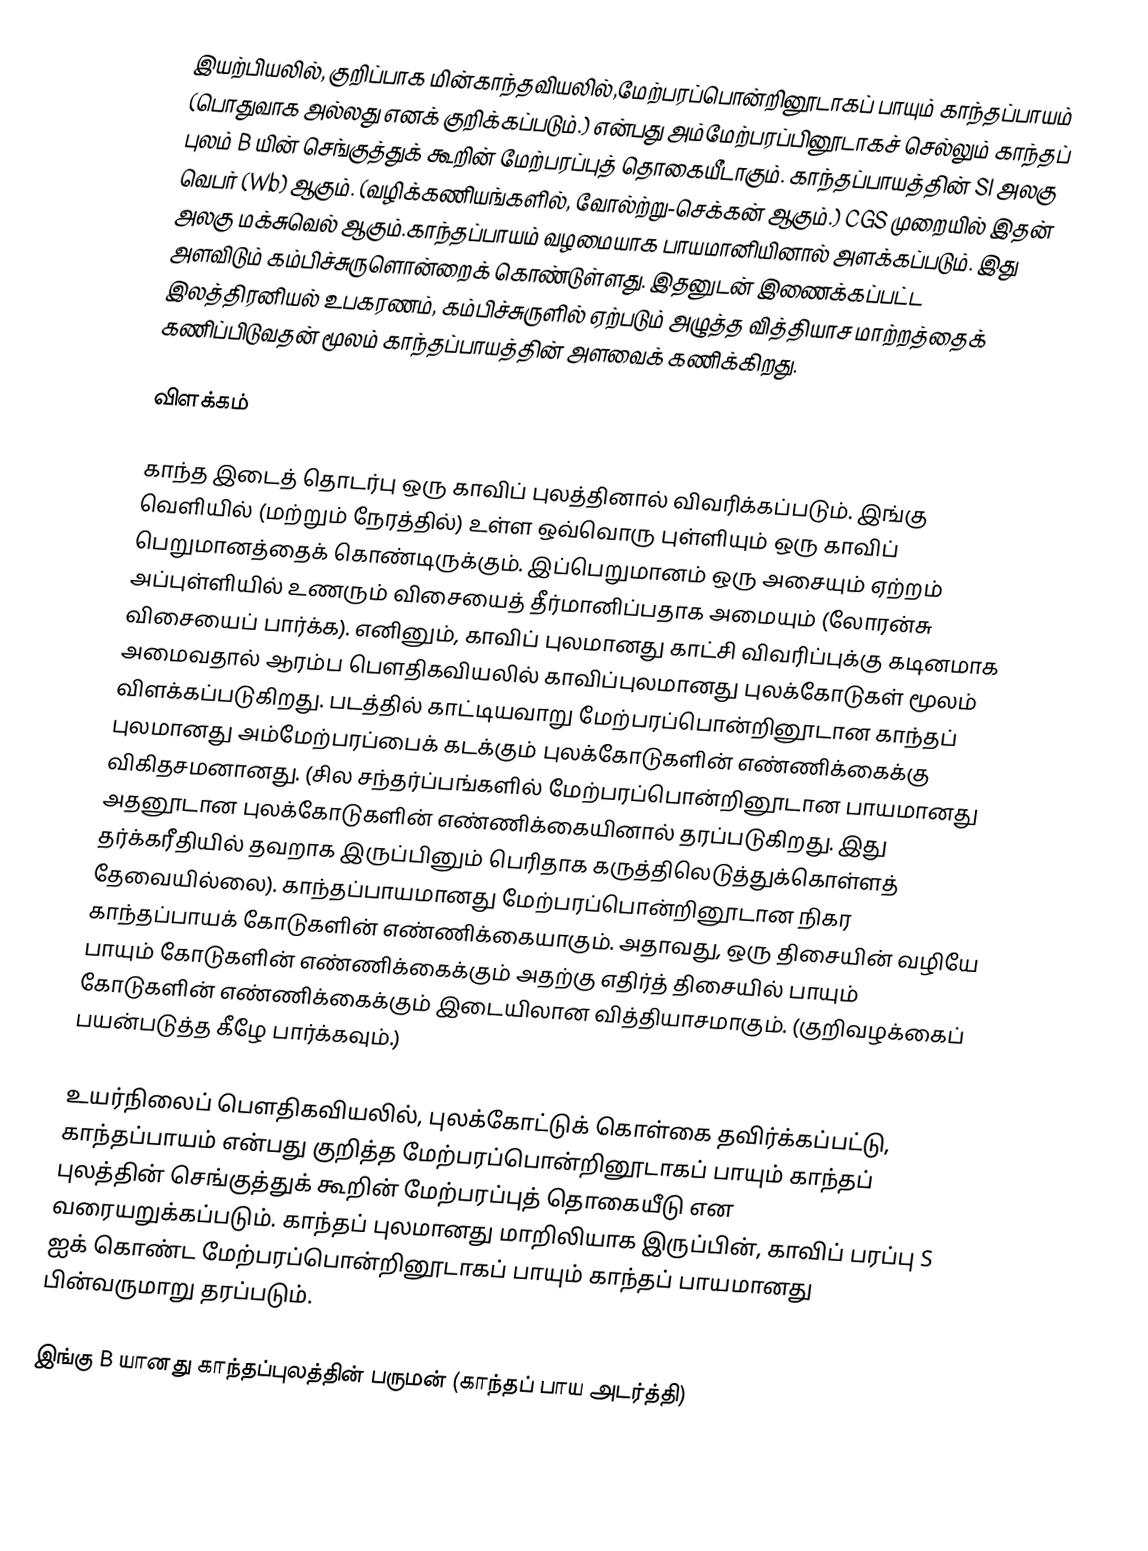
இயற்பியலில், குறிப்பாக மின்காந்தவியலில்,மேற்பரப்பொன்றினூடாகப் பாயும் காந்தப்பாயம் (பொதுவாக   அல்லது  எனக் குறிக்கப்படும்.) என்பது  அம்மேற்பரப்பினூடாகச் செல்லும் காந்தப் புலம் B யின் செங்குத்துக் கூறின் மேற்பரப்புத் தொகையீடாகும். காந்தப்பாயத்தின் SI அலகு வெபர் (Wb) ஆகும். (வழிக்கணியங்களில், வோல்ற்று-செக்கன் ஆகும்.) CGS முறையில் இதன் அலகு மக்சுவெல் ஆகும்.காந்தப்பாயம் வழமையாக பாயமானியினால் அளக்கப்படும். இது அளவிடும் கம்பிச்சுருளொன்றைக் கொண்டுள்ளது. இதனுடன் இணைக்கப்பட்ட இலத்திரனியல் உபகரணம், கம்பிச்சுருளில் ஏற்படும் அழுத்த வித்தியாச மாற்றத்தைக் கணிப்பிடுவதன் மூலம் காந்தப்பாயத்தின் அளவைக் கணிக்கிறது.

விளக்கம்

காந்த இடைத் தொடர்பு ஒரு காவிப் புலத்தினால் விவரிக்கப்படும். இங்கு வெளியில் (மற்றும் நேரத்தில்) உள்ள ஒவ்வொரு புள்ளியும் ஒரு காவிப் பெறுமானத்தைக் கொண்டிருக்கும். இப்பெறுமானம் ஒரு அசையும் ஏற்றம் அப்புள்ளியில் உணரும் விசையைத் தீர்மானிப்பதாக அமையும் (லோரன்சு விசையைப் பார்க்க). எனினும், காவிப் புலமானது காட்சி விவரிப்புக்கு கடினமாக அமைவதால் ஆரம்ப பௌதிகவியலில் காவிப்புலமானது புலக்கோடுகள் மூலம் விளக்கப்படுகிறது. படத்தில் காட்டியவாறு மேற்பரப்பொன்றினூடான காந்தப் புலமானது அம்மேற்பரப்பைக் கடக்கும் புலக்கோடுகளின் எண்ணிக்கைக்கு விகிதசமனானது. (சில சந்தர்ப்பங்களில் மேற்பரப்பொன்றினூடான பாயமானது அதனூடான புலக்கோடுகளின் எண்ணிக்கையினால் தரப்படுகிறது. இது தர்க்கரீதியில் தவறாக இருப்பினும் பெரிதாக கருத்திலெடுத்துக்கொள்ளத் தேவையில்லை). காந்தப்பாயமானது மேற்பரப்பொன்றினூடான நிகர காந்தப்பாயக் கோடுகளின் எண்ணிக்கையாகும். அதாவது, ஒரு திசையின் வழியே பாயும் கோடுகளின் எண்ணிக்கைக்கும் அதற்கு எதிர்த் திசையில் பாயும் கோடுகளின் எண்ணிக்கைக்கும் இடையிலான வித்தியாசமாகும். (குறிவழக்கைப் பயன்படுத்த கீழே பார்க்கவும்.)

உயர்நிலைப் பௌதிகவியலில், புலக்கோட்டுக் கொள்கை தவிர்க்கப்பட்டு, காந்தப்பாயம் என்பது குறித்த மேற்பரப்பொன்றினூடாகப் பாயும் காந்தப் புலத்தின் செங்குத்துக் கூறின் மேற்பரப்புத் தொகையீடு என வரையறுக்கப்படும். காந்தப் புலமானது மாறிலியாக இருப்பின், காவிப் பரப்பு S ஐக் கொண்ட மேற்பரப்பொன்றினூடாகப் பாயும் காந்தப் பாயமானது பின்வருமாறு தரப்படும்.

இங்கு B யானது காந்தப்புலத்தின் பருமன் (காந்தப் பாய அடர்த்தி)